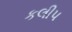
કલીપ